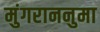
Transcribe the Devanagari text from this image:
मुंगराननुमा